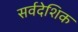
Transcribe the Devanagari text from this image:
सर्वदेशिक